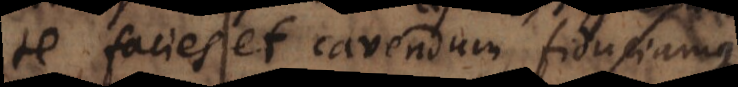
te facies et cavendum, fiduciamque